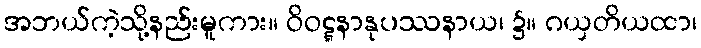
အဘယ်ကဲ့သို့နည်းမူကား။ ဝိဝဋ္ဋနာနုပဿနာယ၊ ၌။ ဂယှတိယထာ၊